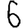
Digit: 6